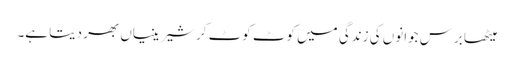
میٹھا برس جوانوں کی زندگی میں کوٹ کوٹ کر شیرینیاں بھر دیتا ہے۔